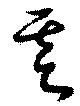
基